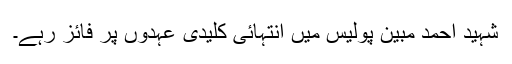
شہید احمد مبین پولیس میں انتہائی کلیدی عہدوں پر فائز رہے۔